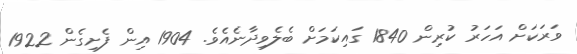
ވަރަކަށް އަހަރު ކުރިން 1840 ގައިކަމަށް ބެލެވިދާނެއެވެ. 1904 އިން ފެށިގެން 1922